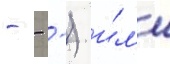
- - -) и́л'и